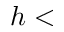
h <